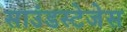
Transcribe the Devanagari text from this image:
साउंडस्टेजेस